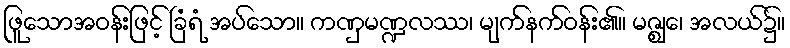
ဖြူသောအဝန်းဖြင့် ခြံရံ အပ်သော။ ကဏှမဏ္ဍလဿ၊ မျက်နက်ဝန်း၏။ မဇ္ဈေ၊ အလယ်၌။